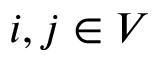
i , j \in V